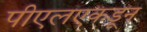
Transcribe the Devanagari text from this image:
पीएलएकडून